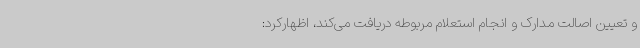
و تعیین اصالت مدارک و انجام استعلام مربوطه دریافت می‌کند، اظهارکرد: